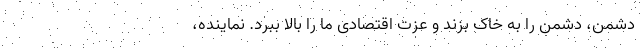
دشمن، دشمن را به خاک بزند و عزت اقتصادی ما را بالا ببرد. نماینده،